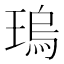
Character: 瑦